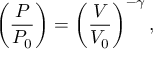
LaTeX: \left( { \frac { P } { P _ { 0 } } } \right) = \left( { \frac { V } { V _ { 0 } } } \right) ^ { - \gamma } ,